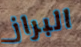
البراز